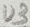
Text: U3